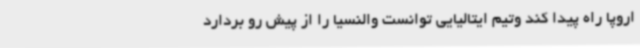
اروپا راه پیدا کند وتیم ایتالیایی توانست والنسیا را از پیش رو بردارد